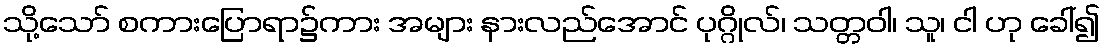
သို့သော် စကားပြောရာ၌ကား အများ နားလည်အောင် ပုဂ္ဂိုလ်၊ သတ္တဝါ၊ သူ၊ ငါ ဟု ခေါ်၍